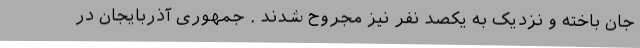
جان باخته و نزدیک به یکصد نفر نیز مجروح شدند . جمهوری آذربایجان در